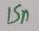
Text: 15n